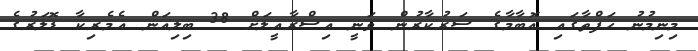
މިނިމުނު ހަފްތާގައި އޮބާމާގެ ސަރުކާރުން ވަނީ އިސްރާއީލަށް 38 ބިލިއަން އެމެރިކާ ޑޮލަރުގެ